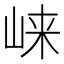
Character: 崃